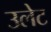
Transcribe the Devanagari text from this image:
उलेट